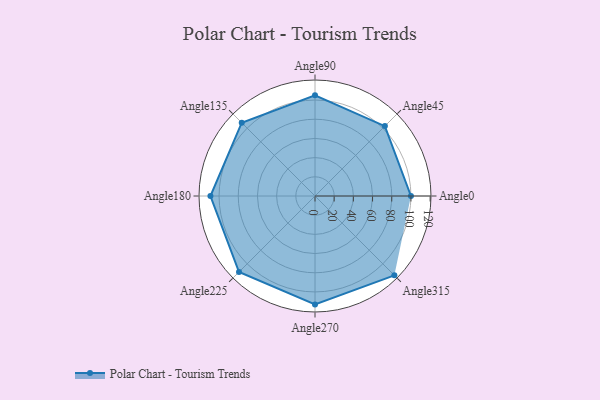
{"axis": {"x": "Angle", "y": "Radius"}, "legend": [""], "data": [{"x": "Angle0", "y": 100.0, "type": ""}, {"x": "Angle45", "y": 103.0, "type": ""}, {"x": "Angle90", "y": 105.0, "type": ""}, {"x": "Angle135", "y": 108.0, "type": ""}, {"x": "Angle180", "y": 109.0, "type": ""}, {"x": "Angle225", "y": 112.0, "type": ""}, {"x": "Angle270", "y": 113.0, "type": ""}, {"x": "Angle315", "y": 117.0, "type": ""}]}